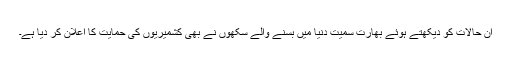
ان حالات کو دیکھتے ہوئے بھارت سمیت دنیا میں بسنے والے سکھوں نے بھی کشمیریوں کی حمایت کا اعلان کر دیا ہے۔